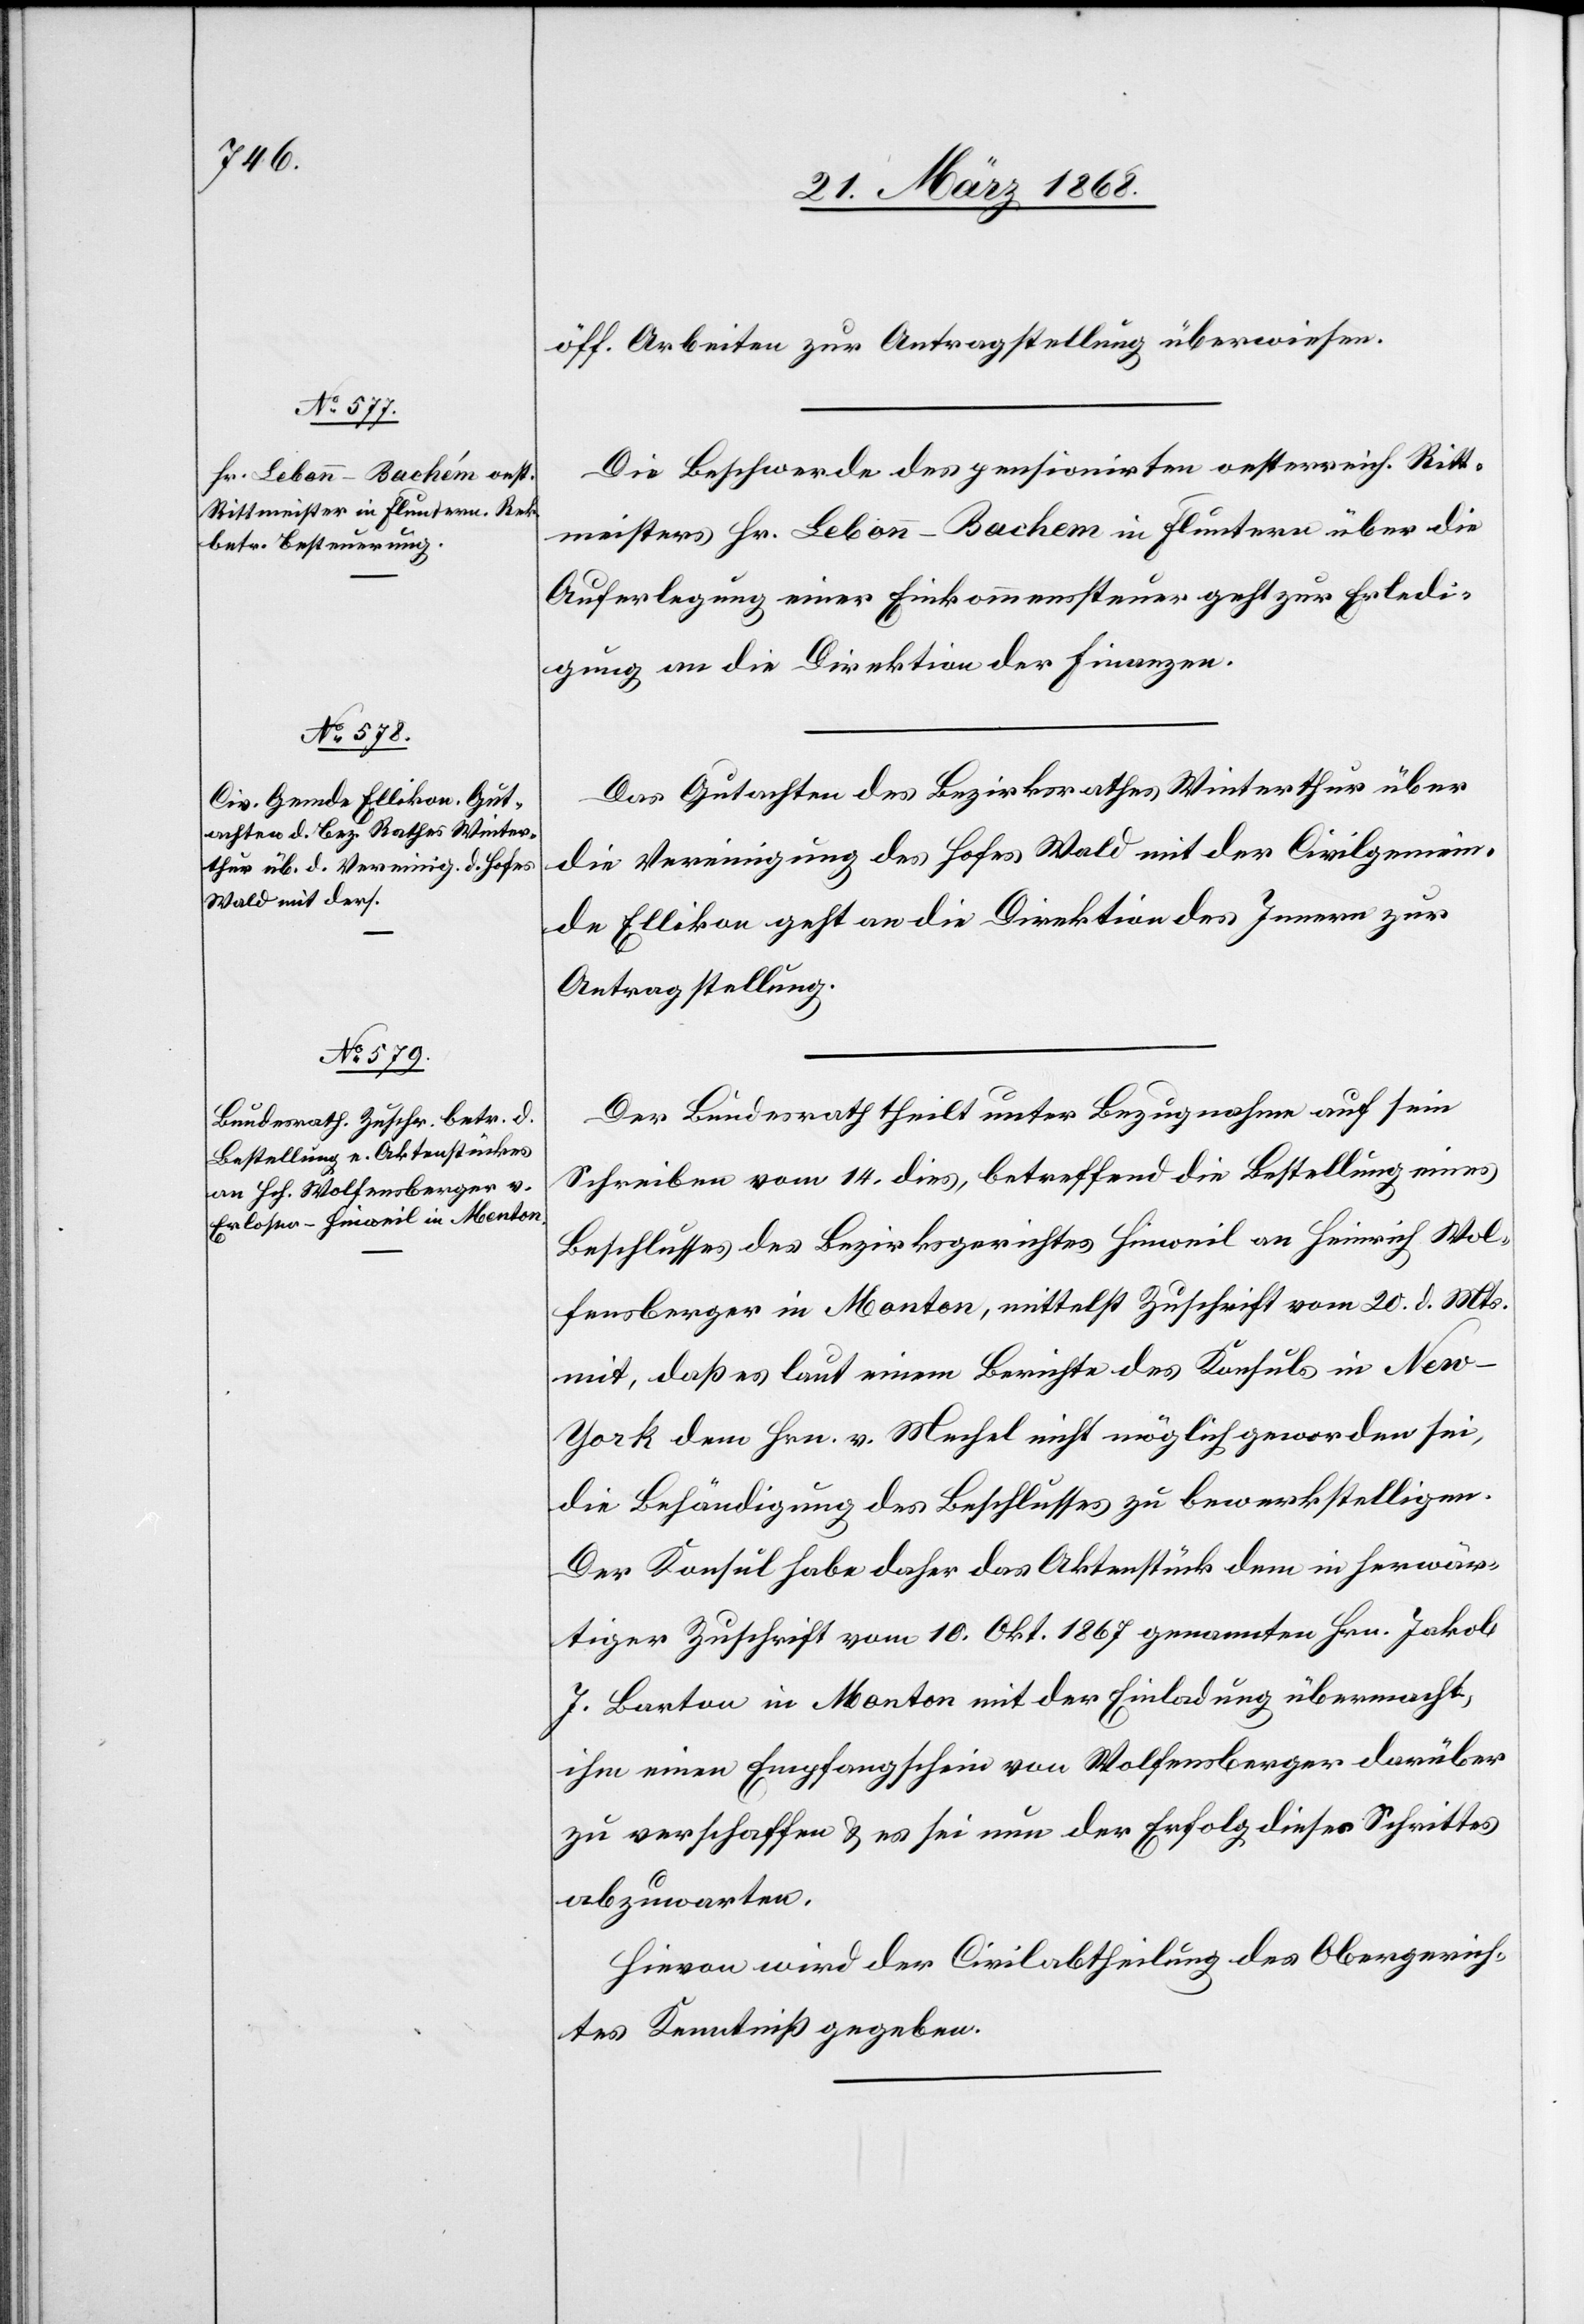
22. März 1868.]
öff. Arbeiten zur Antragstellung überwiesen.
Die Beschwerde des pensionirten oesterreich. Ritt¬
meisters Hr. Lebonn-Bachem in Fluntern über die
Auferlegung einer Einkommenssteuer geht zur Erledi¬
gung an die Direktion der Finanzen.
Das Gutachten des Bezirksrathes Winterthur über
die Vereinigung des Hofes Wald mit der Civilgemein¬
de Ellikon geht an die Direktion des Innern zur
Antragstellung.
Der Bundesrath theilt unter Bezugnahme auf sein
Schreiben vom 14. dies, betreffend die Bestellung eines
Beschlusses des Bezirksgerichtes Hinweil an Heinrich Wol¬
fensberger in Monton, mittelst Zuschrift vom 20. d. Mts.
mit, daß es laut einem Berichte des Konsuls in New-Y¬
ork dem Hrn. v. Mechel nicht möglich geworden sei,
die Behändigung des Beschlusses zu bewerkstelligen.
Der Konsul habe daher das Aktenstück dem in herwär¬
tiger Zuschrift vom 10. Okt. 1867 genannten Hrn. Jakob
J. Barton in Monton mit der Einladung übermacht,
ihm einen Empfangschein von Wolfensberger darüber
zu verschaffen & es sei nun der Erfolg dieses Schrittes
abzuwarten.
Hievon wird der Civilabtheilung des Obergerich¬
tes Kenntniß gegeben.